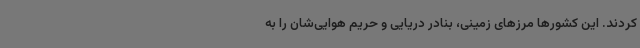
کردند. این کشورها مرزهای زمینی، بنادر دریایی و حریم هوایی‌شان را به